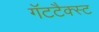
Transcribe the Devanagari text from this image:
गॅटटैक्स्ट